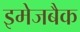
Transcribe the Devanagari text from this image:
इमेजबैक